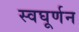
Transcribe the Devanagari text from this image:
स्वघूर्णन